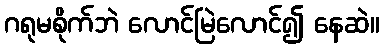
ဂရုမစိုက်ဘဲ လောင်မြဲလောင်၍ နေဆဲ။